Report on sanitation, dispensaries, and jails in Rajputana for 1914, and on vaccination for the year 1914-1915 - 1914-1915
Year: 1914
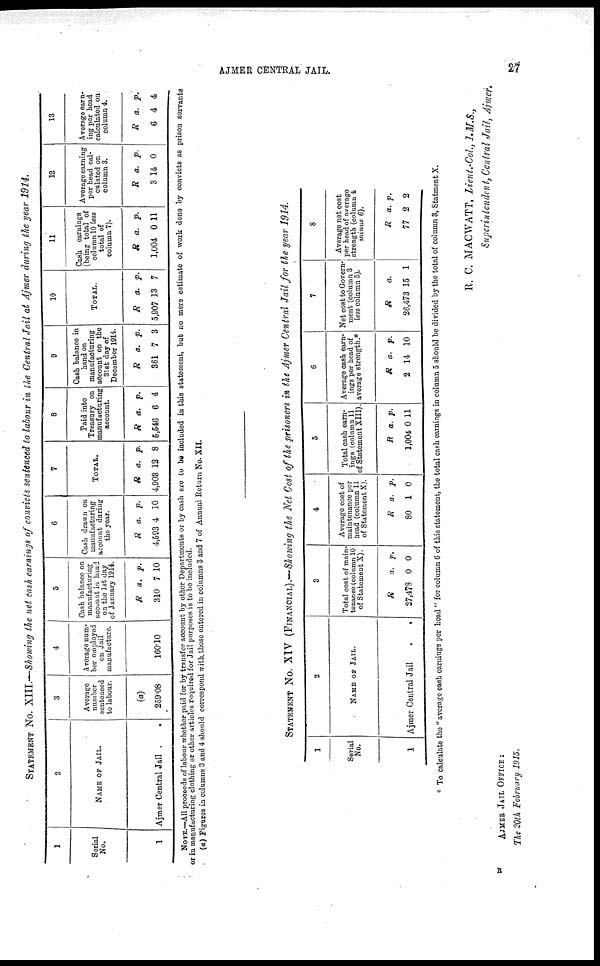
AJMER CENTRAL JAIL.
27
STATEMENT No. XIII.—Showing the net cash earnings of convicts sentenced to labour in the Central Jail at Ajmer during the year 1914.
1
Serial
No.
1
2
NAME OF JAIL.
Ajmer Central Jail
3
Average
number
sentenced
to labour.
(a)
259.08
4
Average num-
ber employed
on Jail
manufacture.
160.10
5
Cash balance on
manufacturing
account in hand
on the 1st day
of January 1914.
R
310
a.
7
p.
10
6
Cash drawn on
manufacturing
account during
the year.
R
4,593
a.
4
p.
10
7
TOTAL.
R
4,903
a.
12
p.
8
8
Paid into
Treasury on
manufacturing
account.
R
5,546
a.
6
p.
4
9
Cash balance in
hand on
manufacturing
account on the
31st day of
December 1914.
R
361
a.
7
p.
3
10
TOTAL.
R
5,907
a.
13
p.
7
11
Cash earnings
(being total of
column 10 less
total of
column 7).
R
1,004
a.
0
p.
11
12
Average earning
per head cal-
culated on
column 3.
R
3
a.
14
p.
0
13
Average earn-
ing per head
calculated on
column 4.
R
6
a.
4
p.
4
NOTE.—All proceeds of labour whether paid for by transfer account by other Departments or by cash are to be included in this statement, but no mere estimate of work done by convicts as prison servants
or in manufacturing clothing or other articles required for Jail purposes is to be included.
(a) Figures in columns 3 and 4 should correspond with those entered in columns 3 and 7 of Annual Return No. XII.
STATEMENT No. XIV (FINANCIAL).—Showing the Net Cost of the prisoners in the Ajmer Central Jail for the year 1914.
1
Serial
No.
1
2
NAME OF JAIL.
Ajmer Central Jail
.
.
3
Total cost of main-
tenance (column 10
of Statement X).
R
27,478
a.
0
p.
0
4
Average cost of
maintenance per
head (column 11
of Statement X).
R
80
a.
1
p.
0
5
Total cash earn-
ings (column 11
of Statement XIII).
R
1,004
a.
0
p.
11
6
Average cash earn-
ings per head of
average strength.*
R
2
a.
14
p.
10
7
Net cost to Govern-
ment (column 3
less column 5).
R
26,473
a.
15 1
8
Average net cost
per head of average
strength (column 4
minus 6).
R
77
a.
2
p.
2
* To calculate the "average cash carnings per head " for column 6 of this statement, the total cash earnings in column 5 should be divided by the total of column 3, Statment X.
R. C. MACWATT, Lieut.-Col, I.M.S.,
Superintendent, Central Jail, Ajmer.
AJMER JAIL OFFICE :
The 20th February 1915,
B